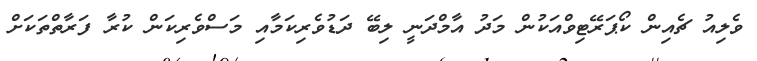
ވެލިއު ޗެއިން ކޯޕަރޭޓިވްއަކުން މަދު އާމްދަނީ ލިބޭ ދަޑުވެރިކަމާއި މަސްވެރިކަން ކުރާ ފަރާތްތަކަށް